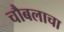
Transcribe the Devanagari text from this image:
चौबलाचा